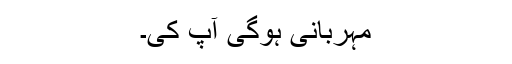
مہربانی ہوگی آپ کی۔